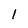
Character: 1